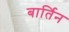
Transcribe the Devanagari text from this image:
बार्तिन